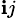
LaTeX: _{\mathbf{i}j}